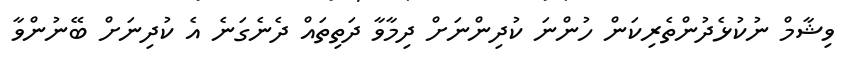
ވިޝާމް ނުކުޅެދުންތެރިކަން ހުންނަ ކުދިންނަށް ދިމާވާ ދަތިތައް ދެނެގަނެ އެ ކުދިނަށް ބޭނުންވާ